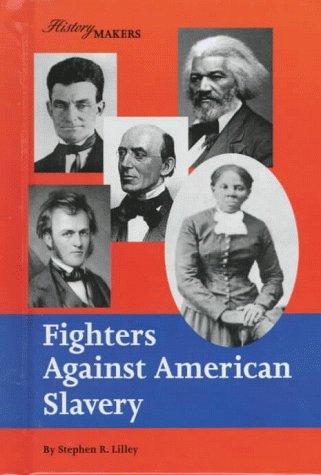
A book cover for Fighters Against American Slavery (History Makers (Lucent)); Stephen R. Lilley; Teen & Young Adult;